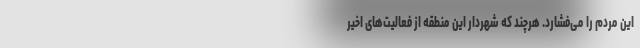
این مردم را می‌فشارد. هرچند که شهردار این منطقه از فعالیت‌های اخیر